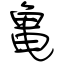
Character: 亀